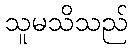
သူမသိသည်